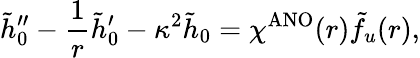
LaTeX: \tilde{h}_{0}^{\prime\prime}-\frac{1}{r}\tilde{h}_{0}^{\prime}-\kappa^{2}\tilde{h}_{0}=\chi^{\mathrm{ANO}}(r)\tilde{f}_{u}(r),